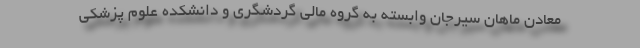
معادن ماهان سیرجان وابسته به گروه مالی گردشگری و دانشکده علوم پزشکی